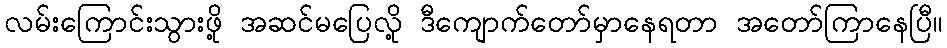
လမ်းကြောင်းသွားဖို့ အဆင်မပြေလို့ ဒီကျောက်တော်မှာနေရတာ အတော်ကြာနေပြီ။